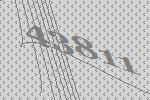
43811